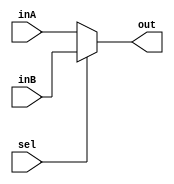
`timescale 1ns / 1ps

////////////////////////////////////////////////////////////////////////////////
// ECE369 - Computer Architecture
// //Jennifer Nadolski / Joseph Emnett
// Module - Mux32Bit2To1.v
// Description - Performs signal multiplexing between 2 32-Bit words.
////////////////////////////////////////////////////////////////////////////////

module Mux32Bit2To1(out, inA, inB, sel);

    output reg [31:0] out;
    
    input [31:0] inA;
    input [31:0] inB;
    input sel;
always @(sel, inA, inB)begin
    if(sel == 1'b1) begin
        out <= inB;
        end
    else begin
        out <= inA;
end
end 

endmodule